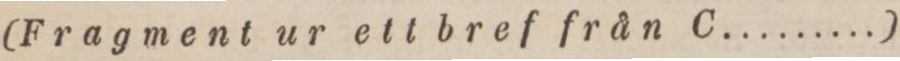
(Fragment ur ett bref från C.........)